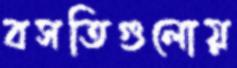
বসতিগুলোয়